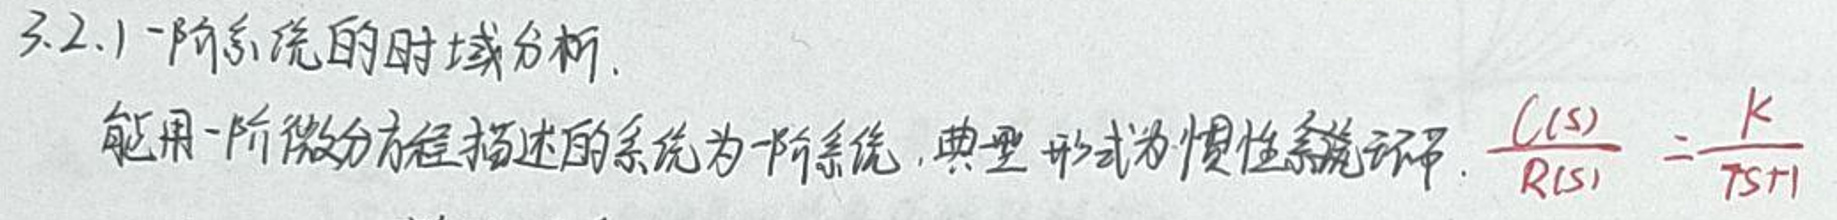
3.2.1 一阶系统的时域分析

能用一阶微分方程描述的系统为一阶系统，典型形式为惯性环节，\(\frac{C(s)}{R(s)}=\frac{K}{Ts+1}\)